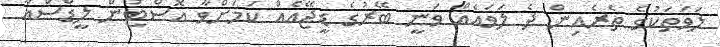
ލަވަތަކުގެ ތެރެއިން ދެ ލަވައެއް ވަނީ ބޭރުގެ ޑީޖޭއެއް ކަމަށްވާ އޮސްޓުން ލީޑްސްއާ